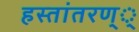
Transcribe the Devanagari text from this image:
हस्तांतरण््